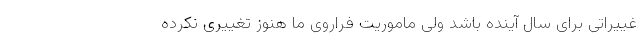
غییراتی برای سال آینده باشد ولی ماموریت فراروی ما هنوز تغییری نکرده